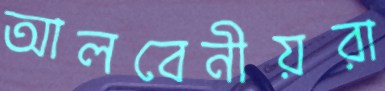
আলবেনীয়রা